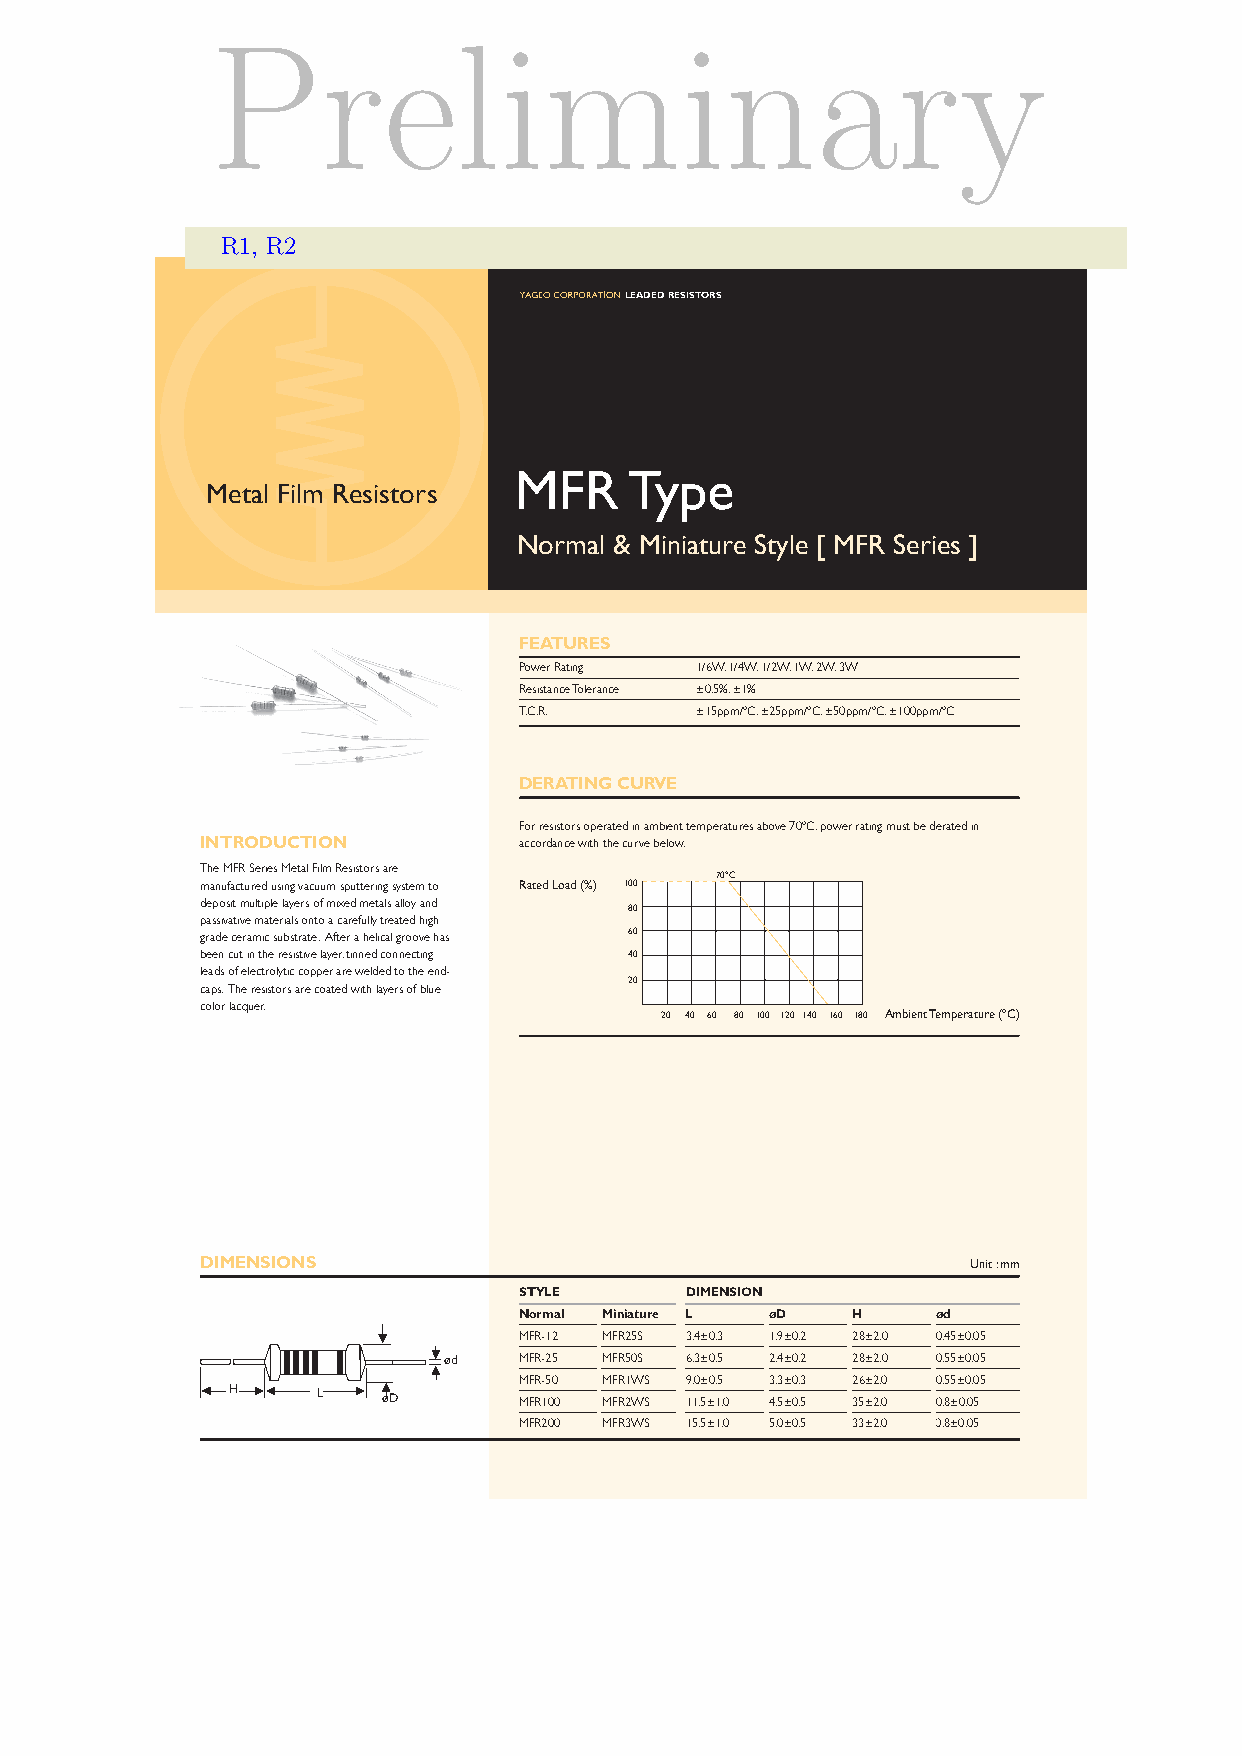
Preliminary
 R1, R2
 leaded resIsTOrs
 MFR     Type
 Metal Film Resistors
 Normal & Miniature Style [ MFR Series ]
 FeaTUres
 Power Rating 1/6W, 1/4W, 1/2W, 1W, 2W, 3W
 Resistance Tolerance ±0.5%, ±1%
 T.C.R.      ±15ppm/ºC, ±25ppm/ºC, ±50ppm/ºC, ±100ppm/ºC
 deraTING CUrVe
 For resistors operated in ambient temperatures above 70ºC, power rating must be derated in
 INTrOdUCTION         accordance with the curve below.
 The MFR Series Metal Film Resistors are
 70ºC
 manufactured using vacuum sputtering system to Rated Load (%) 100
 deposit multiple layers of mixed metals alloy and
 80
 passivative materials onto a carefully treated high
 grade ceramic substrate. After a helical groove has 60
 been cut in the resistive layer, tinned connecting 40
 leads of electrolytic copper are welded to the end-
 20
 caps. The resistors are coated with layers of blue
 color lacquer.
 20 40 60 80 100 120 140 160 180 Ambient Temperature (ºC)
 dIMeNsIONs                                         Unit : mm
 sTYle      dIMeNsION
 Normal Miniature l ød H     ød
 MFR-12 MFR25S 3.4±0.3 1.9±0.2 28±2.0 0.45±0.05
 ød   MFR-25 MFR50S 6.3±0.5 2.4±0.2 28±2.0 0.55±0.05
 MFR-50 MFR1WS 9.0±0.5 3.3±0.3 26±2.0 0.55±0.05
 H     L   øD       MFR100 MFR2WS 11.5±1.0 4.5±0.5 35±2.0 0.8±0.05
 MFR200 MFR3WS 15.5±1.0 5.0±0.5 33±2.0 0.8±0.05